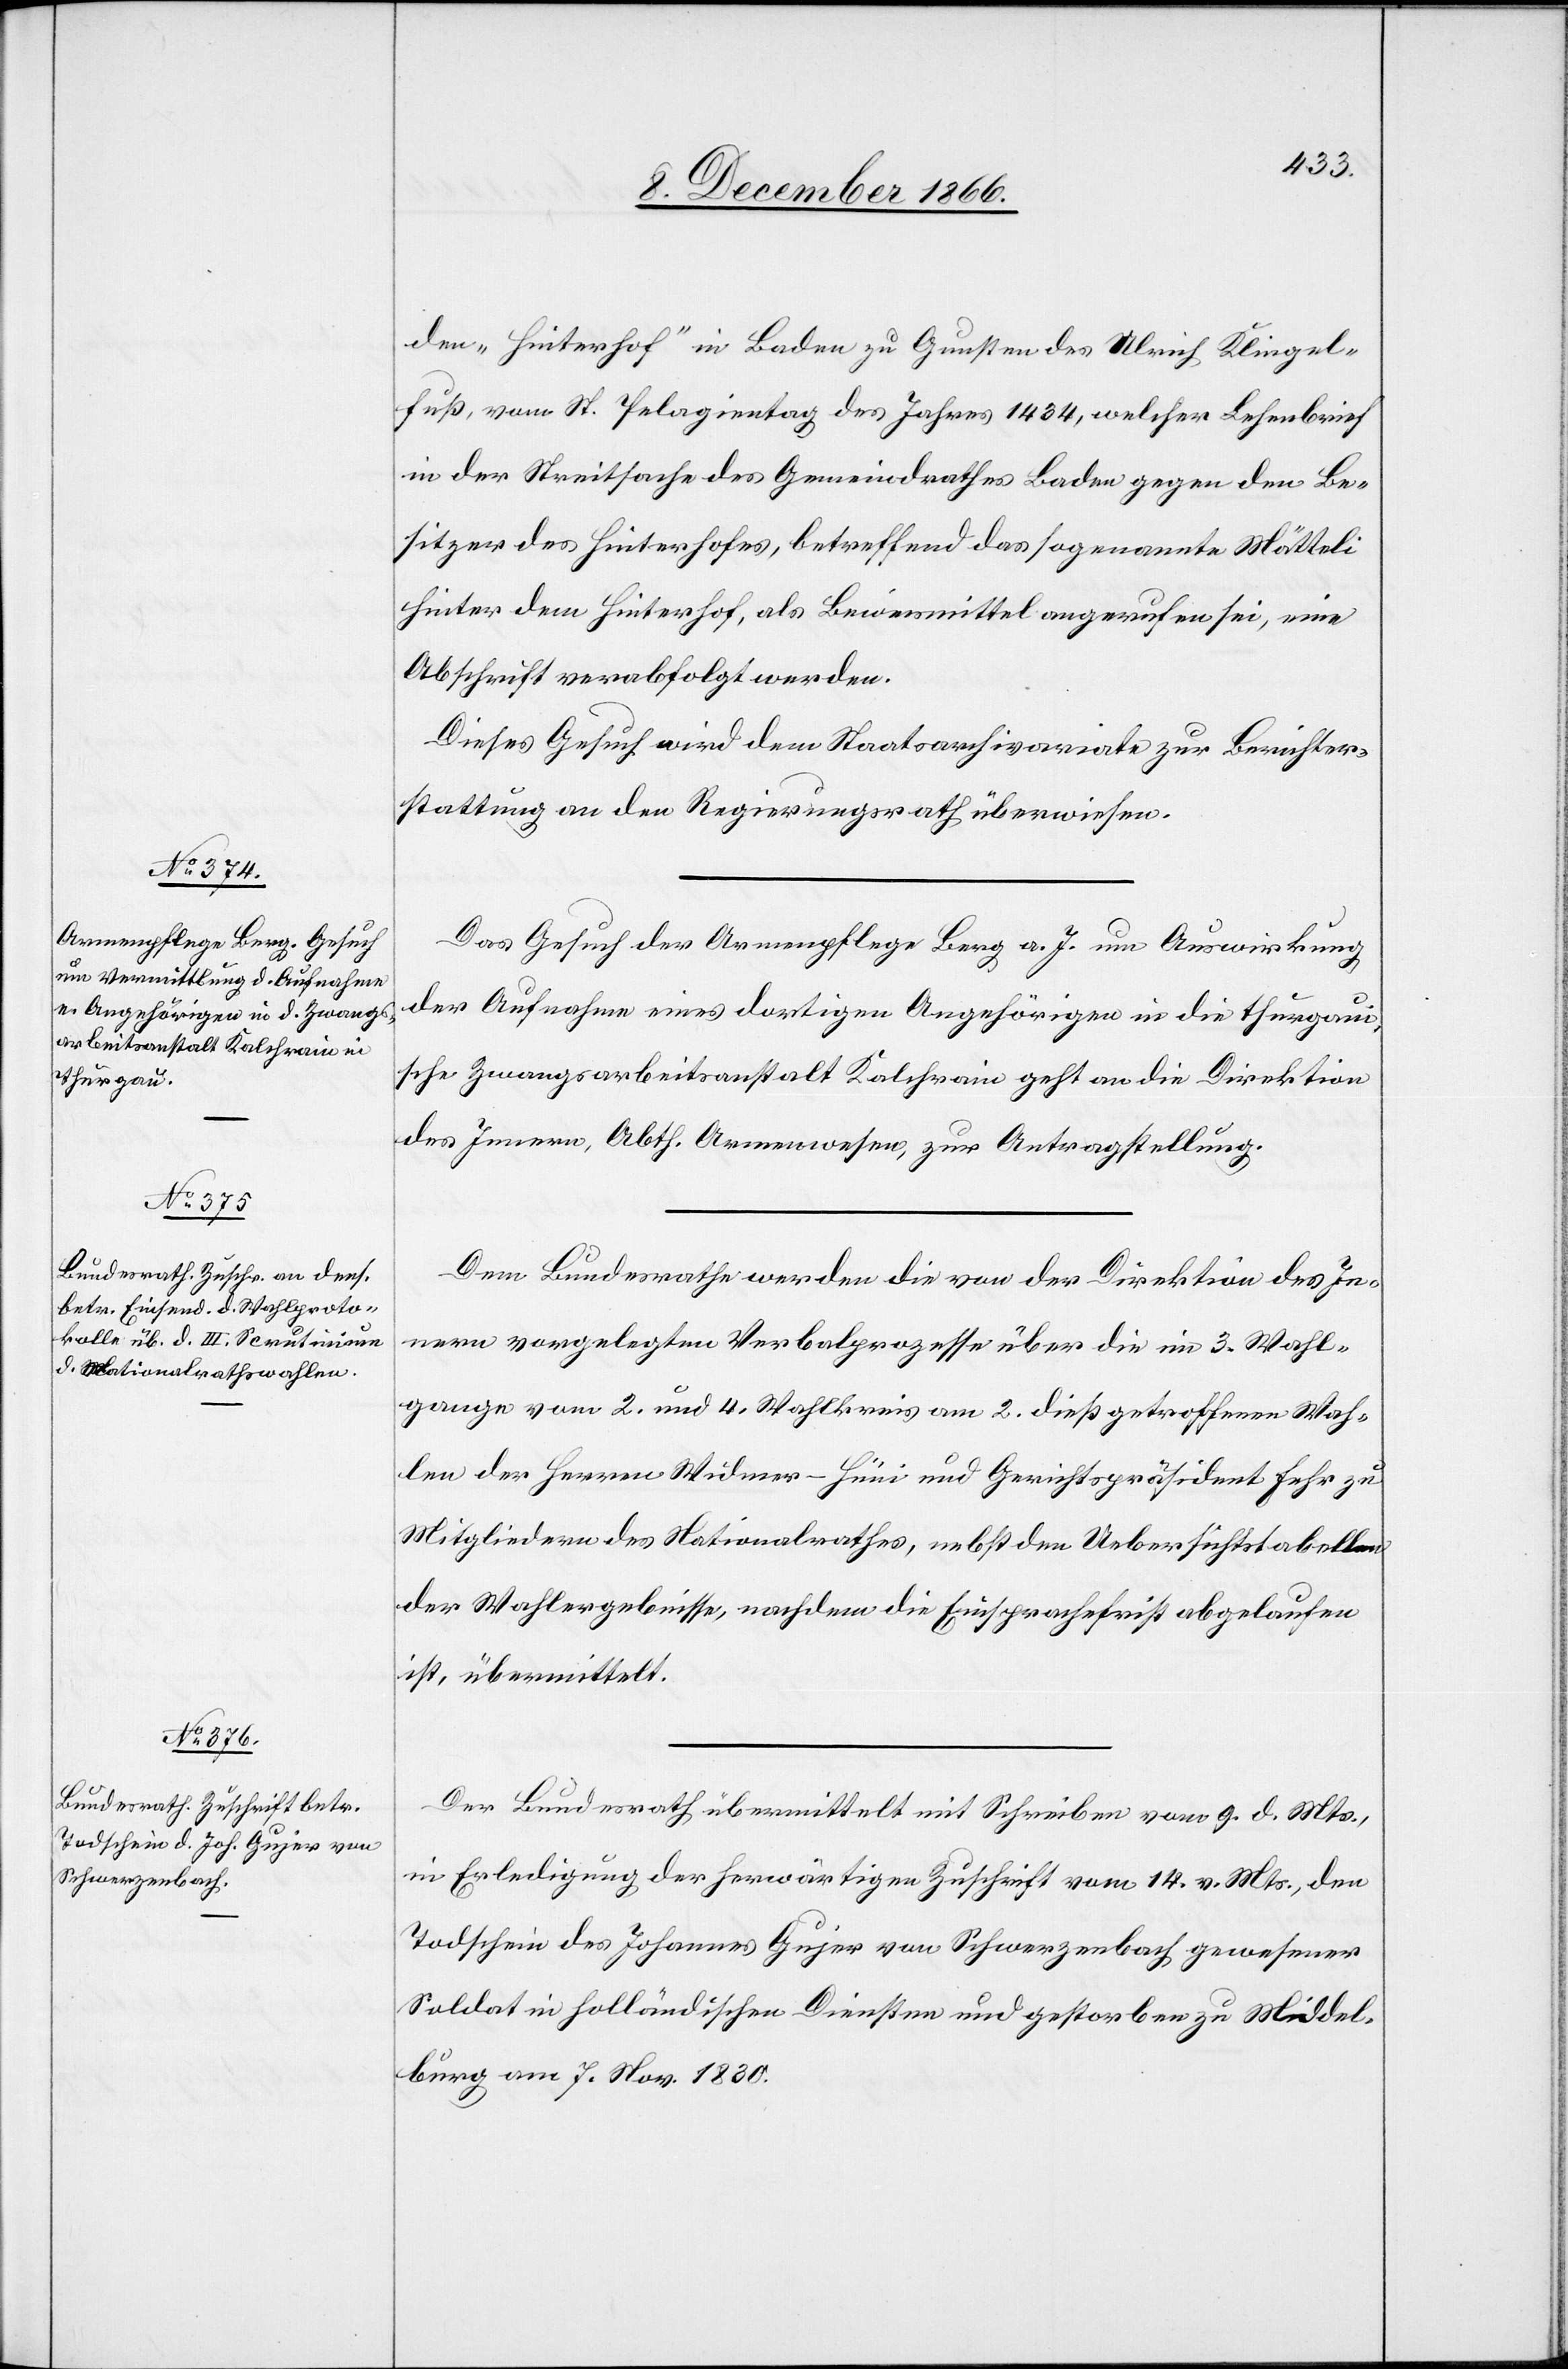
12. December 1866.]
den „Hinterhof“ in Baden zu Gunsten des Ulrich Klingel¬
fuß, vom St. Pelagientag des Jahres 1434, welcher Lehenbrief
in der Streitsache des Gemeindrathes Baden gegen den Be¬
sitzer des Hinterhofes, betreffend das sogenannte Mätteli
hinter dem Hinterhof, als Beweismittel angerufen sei, eine
Abschrift verabfolgt werden.
Dieses Gesuch wird dem Staatsarchivariate zur Berichter¬
stattung an den Regierungsrath überwiesen.
Das Gesuch der Armenpflege Berg a. I. um Auswirkung
der Aufnahme eines dortigen Angehörigen in die thurgaui¬
sche Zwangsarbeitsanstalt Kalchrain geht an die Direktion
des Innern, Abth. Armenwesen, zur Antragstellung.
Dem Bundesrathe werden die von der Direktion des In¬
nern vorgelegten Verbalprozesse über die im 3. Wahl¬
gange vom 2. und 4. Wahlkreis am 2. dieß getroffenen Wah¬
len der Herren Widmer-Hüni und Gerichtspräsident Fehr zu
Mitgliedern des Nationalrathes, nebst den Uebersichtstabellen
der Wahlergebnisse, nachdem die Einsprachefrist abgelaufen
ist, übermittelt.
Der Bundesrath übermittelt mit Schreiben vom 9. d. Mts.,
in Erledigung der herwärtigen Zuschrift vom 14. v. Mts., den
Todschein des Johannes Gujer von Schwerzenbach, gewesener
Soldat in holländischen Diensten und gestorben zu Middel¬
burg am 7. Nov. 1830.